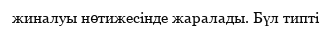
жиналуы нөтижесінде жаралады. Бүл типті